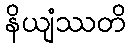
နိယျံဿတိ